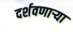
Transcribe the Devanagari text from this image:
दर्शवणार्‍या